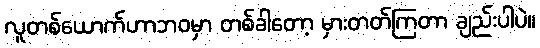
လူတစ်ယောက်ဟာဘဝမှာ တစ်ခါတော့ မှားတတ်ကြတာ ချည်းပါပဲ။